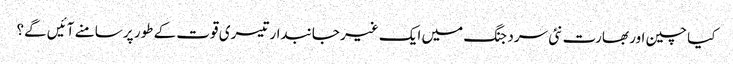
کیا چین اور بھارت نئی سرد جنگ میں ایک غیر جانبدار تیسری قوت کے طور پر سامنے آئیں گے؟